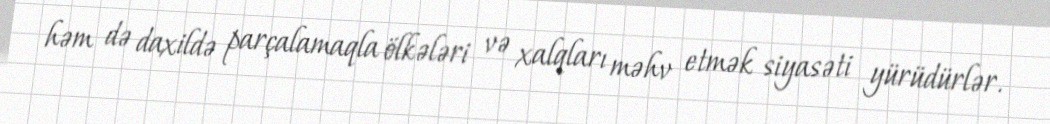
həm də daxildə parçalamaqla ölkələri və xalqları məhv etmək siyasəti yürüdürlər.